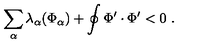
\sum _ { \alpha } \lambda _ { \alpha } ( \Phi _ { \alpha } ) + \oint \Phi ^ { \prime } \cdot \Phi ^ { \prime } < 0 \ .